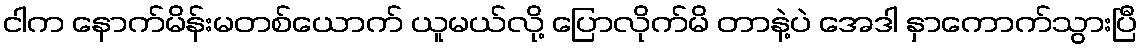
ငါက နောက်မိန်းမတစ်ယောက် ယူမယ်လို့ ပြောလိုက်မိ တာနဲ့ပဲ အေဒါ နှာကောက်သွားပြီ